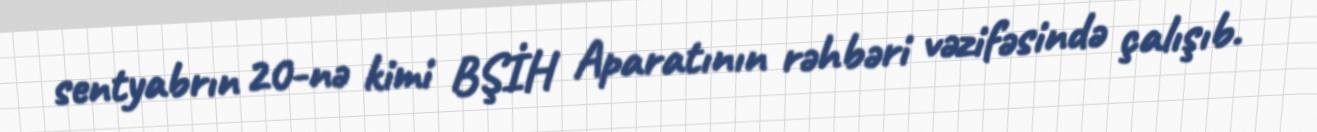
sentyabrın 20-nə kimi BŞİH Aparatının rəhbəri vəzifəsində çalışıb.